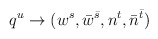
\begin{align*}q^u \to ( w^s, \bar w^{\bar s}, n^t, \bar n^{\bar t} )\end{align*}